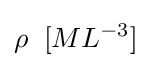
\rho \;\;[ML^{-3}]